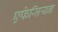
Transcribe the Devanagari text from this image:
एफेसियन